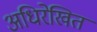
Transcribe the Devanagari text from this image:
अधिरेखित